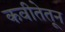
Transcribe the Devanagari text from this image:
कवीतेतून